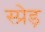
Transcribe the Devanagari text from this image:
स्प्रेड़